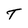
Character: T